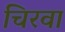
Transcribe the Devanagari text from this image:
चिरवा